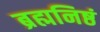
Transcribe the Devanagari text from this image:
ब्रह्मनिष्ठं